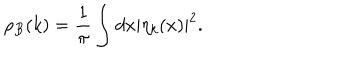
\rho _ { B } ( k ) = \frac { 1 } { \pi } \int d x | \eta _ { k } ( x ) | ^ { 2 } .